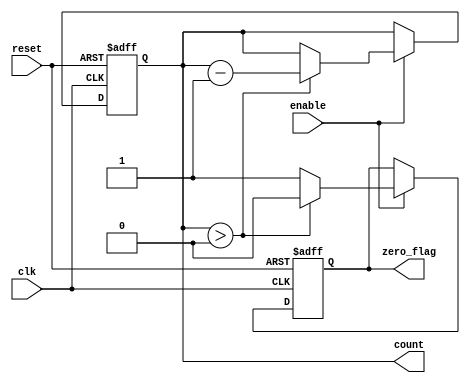
module decremental_counter #(
    parameter WIDTH = 8,        // Width of the counter
    parameter MAX_VALUE = 255   // Maximum value for the counter (2^WIDTH - 1)
)(
    input wire clk,             // Clock signal
    input wire reset,           // Reset signal
    input wire enable,          // Enable signal for counting
    output reg [WIDTH-1:0] count, // Current count value
    output reg zero_flag        // Signal indicating counter has reached zero
);

// Initialization block
always @(posedge clk or posedge reset) begin
    if (reset) begin
        count <= MAX_VALUE;      // Reset to maximum value
        zero_flag <= 0;          // reset zero flag
    end else if (enable) begin
        if (count > 0) begin
            count <= count - 1;  // Decrement count if greater than zero
            zero_flag <= 0;      // Clear zero flag
        end else begin
            zero_flag <= 1;      // Set zero flag if count is zero
        end
    end
end

endmodule